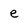
Character: e